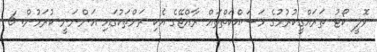
ވޮލީ ކޯޓު ތަރައްގީކުރުމުގެ މަސައްކަތްތައް ރާއްޖޭގެ އެކި ރަށްތަކުގައި އަންނަނީ ކުރަމުން. 6